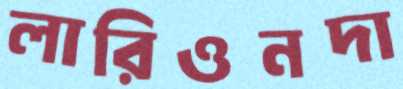
লারিওনদা